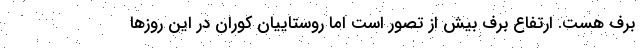
برف هست. ارتفاع برف بیش از تصور است اما روستاییان کوران در این روزها